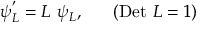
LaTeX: \psi _ { L } ^ { ' } = L ~ \psi _ { L } , ~ ~ ~ ~ ~ ( \mathrm { D e t } ~ L = 1 )